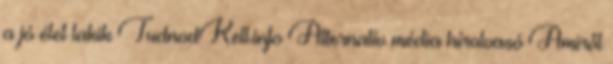
a jó élet lakik TudnodKell.info Alternatív média hírolvasó Amiről